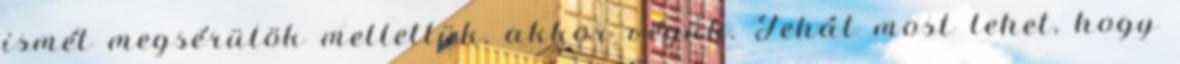
ismét megsérülök mellettük, akkor végük. Tehát most lehet, hogy